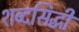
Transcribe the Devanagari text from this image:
शब्दसिद्धी